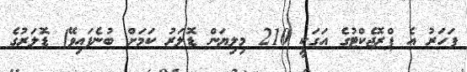
ފަހަރު އެ ޕްރޮޖެކްޓުގެ އަގަކީ 210 މިލިޔަން ޑޮލަރު ކަމަށް ބުނެފައިވޭ) ޑޮލަރުގެ